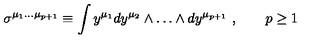
\sigma ^ { \mu _ { 1 } \dots \mu _ { p + 1 } } \equiv \int y ^ { \mu _ { 1 } } d y ^ { \mu _ { 2 } } \wedge \dots \wedge d y ^ { \mu _ { p + 1 } } \ , \qquad p \ge 1